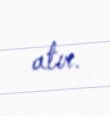
atır.